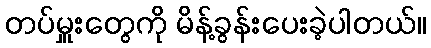
တပ်မှူးတွေကို မိန့်ခွန်းပေးခဲ့ပါတယ်။